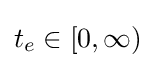
t_{e}\in [0,\infty )